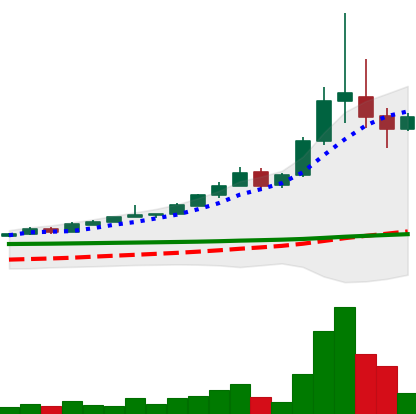
Ticker: BTC-USD
Chart end date: 2015-11-07
Forward return: -12.505%
Label: down_7plus